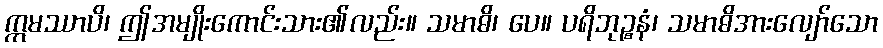
ဣမဿာပိ၊ ဤအမျိုးကောင်းသား၏လည်း။ သမာဓိ၊ ပေ။ ပရိဘုဉ္စနံ၊ သမာဓိအားလျော်သော